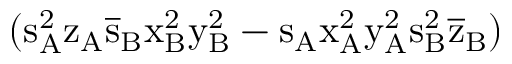
( \mathrm { s _ { A } ^ { 2 } \mathrm { z _ { A } \mathrm { \overline { { s } } _ { B } \mathrm { x _ { B } ^ { 2 } \mathrm { y _ { B } ^ { 2 } - \mathrm { s _ { A } \mathrm { x _ { A } ^ { 2 } \mathrm { y _ { A } ^ { 2 } \mathrm { s _ { B } ^ { 2 } \mathrm { \overline { { z } } _ { B } ) } } } } } } } } } }